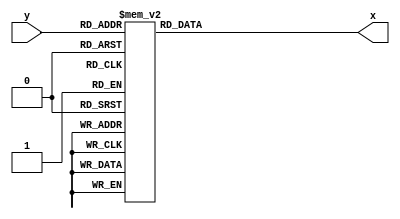
`timescale 1ns / 1ps
//////////////////////////////////////////////////////////////////////////////////
// Company: 
// Engineer: 
// 
// Design Name: 
// Module Name: Display
// Project Name: 
// Target Devices: 
// Tool Versions: 
// Description: 
// 
// Dependencies: 
// 
// Revision:
// Revision 0.01 - File Created
// Additional Comments:
// 
//////////////////////////////////////////////////////////////////////////////////

module Display(  
    input [3:0]y,
    output reg[6:0]x
);
    always @ * begin
        case(y[3:0])
            4'b0000: x = 7'b100_0000; //0
            4'b0001: x = 7'b111_1001;//1001_111;
            4'b0010: x = 7'b010_0100;//0010_010;
            4'b0011: x = 7'b011_0000;//0000_110;//
            4'b0100: x = 7'b001_1001;//1001_100;
            4'b0101: x = 7'b001_0010;//0100_100;
            4'b0110: x = 7'b000_0010;//0100_000;
            4'b0111: x = 7'b111_1000;//0001_111;
            4'b1000: x = 7'b000_0000;//0000_000;
            4'b1001: x = 7'b001_0000;//0000_100;
            4'b1010: x= 7'b000_1000; //A 000_1000        
            4'b1011: x= 7'b000_0011; //b 110_0000
            4'b1100: x= 7'b010_0111; //c 111_0010
            4'b1101: x= 7'b010_0001; //d 100_0010
            4'b1110: x= 7'b000_0110;//E  011_0000
            default: x= 7'b000_1110;//F 011_1000
        endcase
      end
      
endmodule